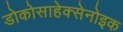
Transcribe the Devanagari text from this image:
डोकोसाहेक्सेनोइक